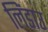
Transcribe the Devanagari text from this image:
लिंडाउ